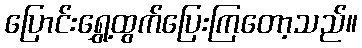
ပြောင်းရွှေ့ထွက်ပြေးကြတော့သည်။